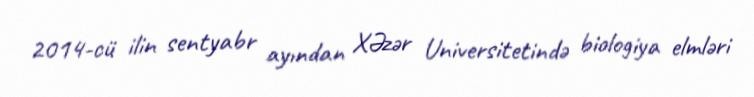
2014-cü ilin sentyabr ayından XƏzər Universitetində biologiya elmləri